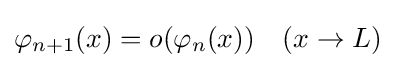
\varphi _{n+1}(x)=o(\varphi _{n}(x))\quad (x\to L)\